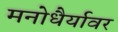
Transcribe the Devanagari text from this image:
मनोधैर्यावर